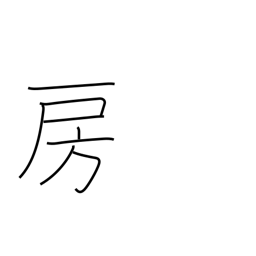
Meaning: fringe